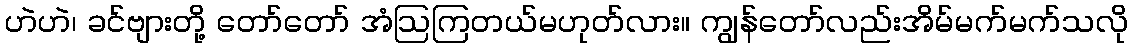
ဟဲဟဲ၊ ခင်ဗျားတို့ တော်တော် အံဩကြတယ်မဟုတ်လား။ ကျွန်တော်လည်းအိမ်မက်မက်သလို